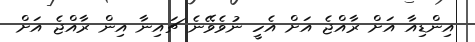
އިންޑިއާ އަށް ރާއްޖެ އަށް އެހީ ނުވެވޭނެ ޗައިނާ އިން ރާއްޖެ އަށް